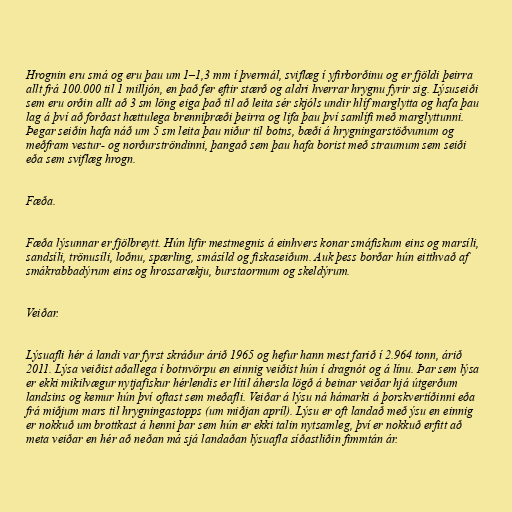
Hrognin eru smá og eru þau um 1–1,3 mm í þvermál, sviflæg í yfirborðinu og er fjöldi þeirra
allt frá 100.000 til 1 milljón, en það fer eftir stærð og aldri hverrar hrygnu fyrir sig. Lýsuseiði
sem eru orðin allt að 3 sm löng eiga það til að leita sér skjóls undir hlíf marglytta og hafa þau
lag á því að forðast hættulega brenniþræði þeirra og lifa þau því samlífi með marglyttunni.
Þegar seiðin hafa náð um 5 sm leita þau niður til botns, bæði á hrygningarstöðvunum og
meðfram vestur- og norðurströndinni, þangað sem þau hafa borist með straumum sem seiði
eða sem sviflæg hrogn.

Fæða.

Fæða lýsunnar er fjölbreytt. Hún lifir mestmegnis á einhvers konar smáfiskum eins og marsíli,
sandsíli, trönusíli, loðnu, spærling, smásíld og fiskaseiðum. Auk þess borðar hún eitthvað af
smákrabbadýrum eins og hrossarækju, burstaormum og skeldýrum.

Veiðar.

Lýsuafli hér á landi var fyrst skráður árið 1965 og hefur hann mest farið í 2.964 tonn, árið
2011. Lýsa veiðist aðallega í botnvörpu en einnig veiðist hún í dragnót og á línu. Þar sem lýsa
er ekki mikilvægur nytjafiskur hérlendis er lítil áhersla lögð á beinar veiðar hjá útgerðum
landsins og kemur hún því oftast sem meðafli. Veiðar á lýsu ná hámarki á þorskvertíðinni eða
frá miðjum mars til hrygningastopps (um miðjan apríl). Lýsu er oft landað með ýsu en einnig
er nokkuð um brottkast á henni þar sem hún er ekki talin nytsamleg, því er nokkuð erfitt að
meta veiðar en hér að neðan má sjá landaðan lýsuafla síðastliðin fimmtán ár.